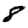
Digit: 8